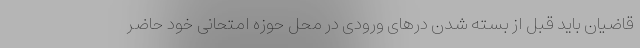
قاضیان باید قبل از بسته شدن درهای ورودی در محل حوزه امتحانی خود حاضر